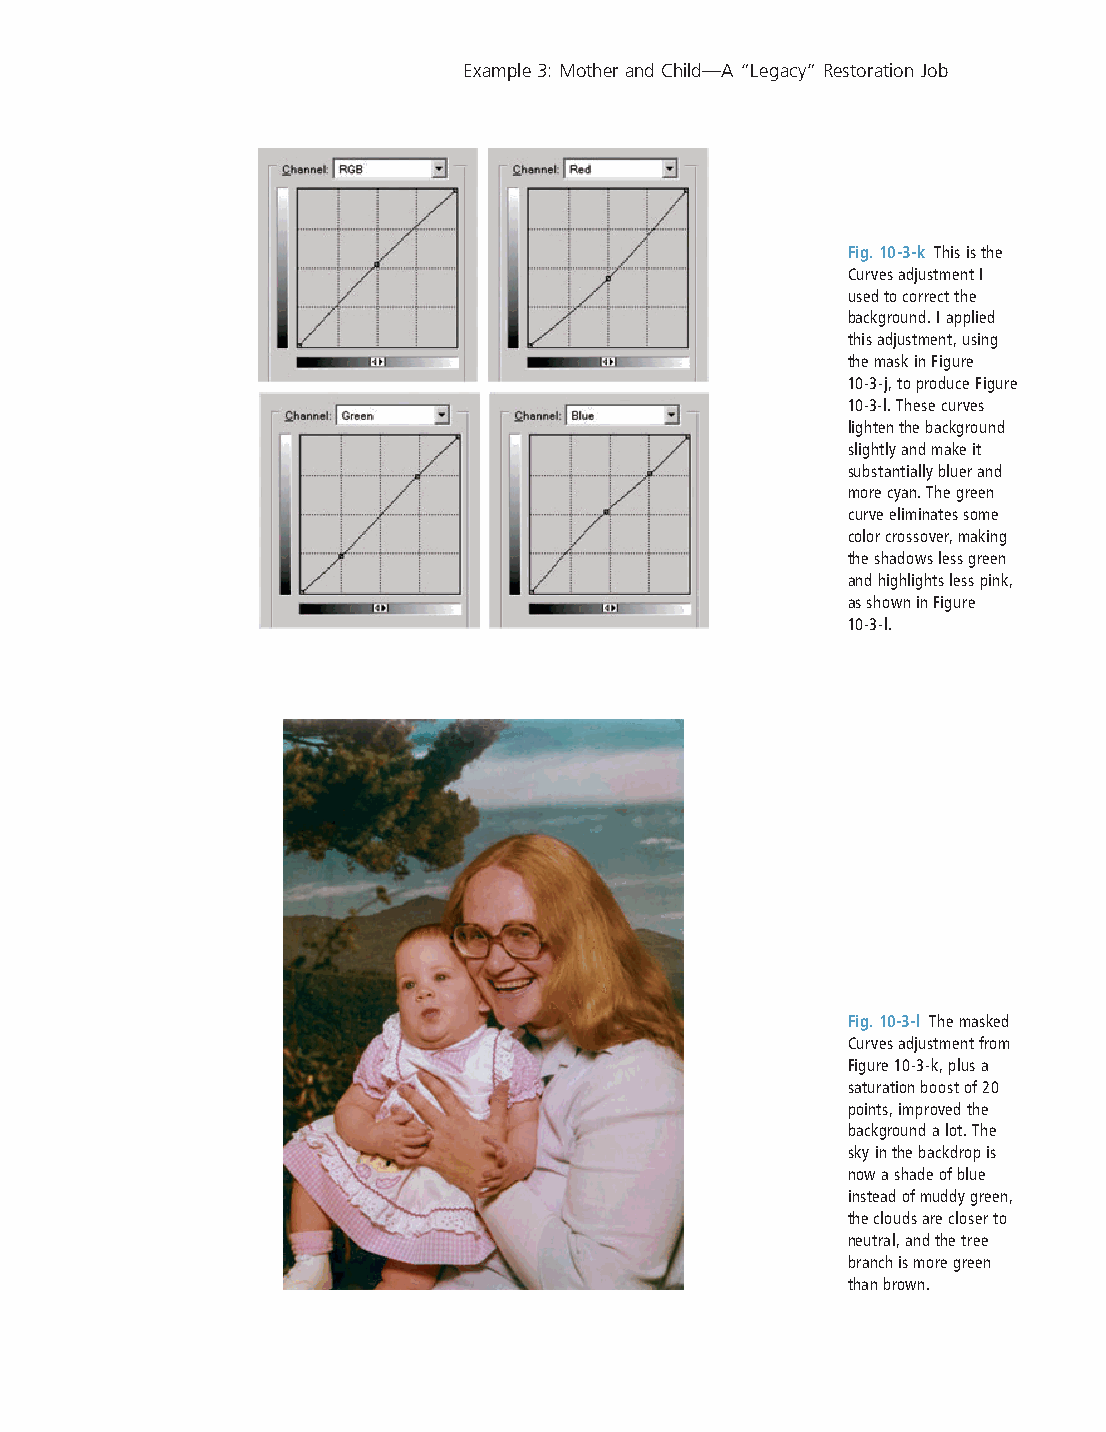
Example 3: Mother and Child—A “Legacy” Restoration Job
 Fig. 10-3-k This is the
 Curves adjustment I
 used to correct the
 background. I applied
 this adjustment, using
 the mask in Figure
 10-3-j, to produce Figure
 10-3-l. These curves
 lighten the background
 slightly and make it
 substantially bluer and
 more cyan. The green
 curve eliminates some
 color crossover, making
 the shadows less green
 and highlights less pink,
 as shown in Figure
 10-3-l.
 Fig. 10-3-l The masked
 Curves adjustment from
 Figure 10-3-k, plus a
 saturation boost of 20
 points, improved the
 background a lot. The
 sky in the backdrop is
 now a shade of blue
 instead of muddy green,
 the clouds are closer to
 neutral, and the tree
 branch is more green
 than brown.
 CChh001100--KK8800881144..iinndddd 336699                       99//1144//22000066 66::1133::5566 PPMM